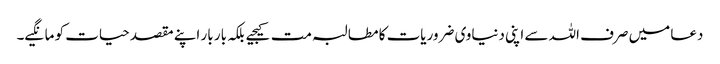
دعا میں صرف اللہ سے اپنی دنیاوی ضروریات کا مطالبہ مت کیجیے بلکہ بار بار اپنے مقصد حیات کو مانگیے۔